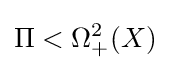
\Pi <\Omega _{+}^{2}(X)